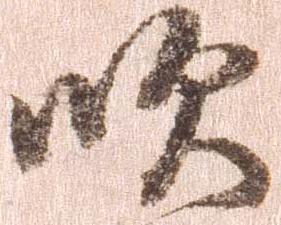
吹